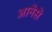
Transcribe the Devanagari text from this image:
आनेसे